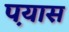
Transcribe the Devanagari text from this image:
प़यास